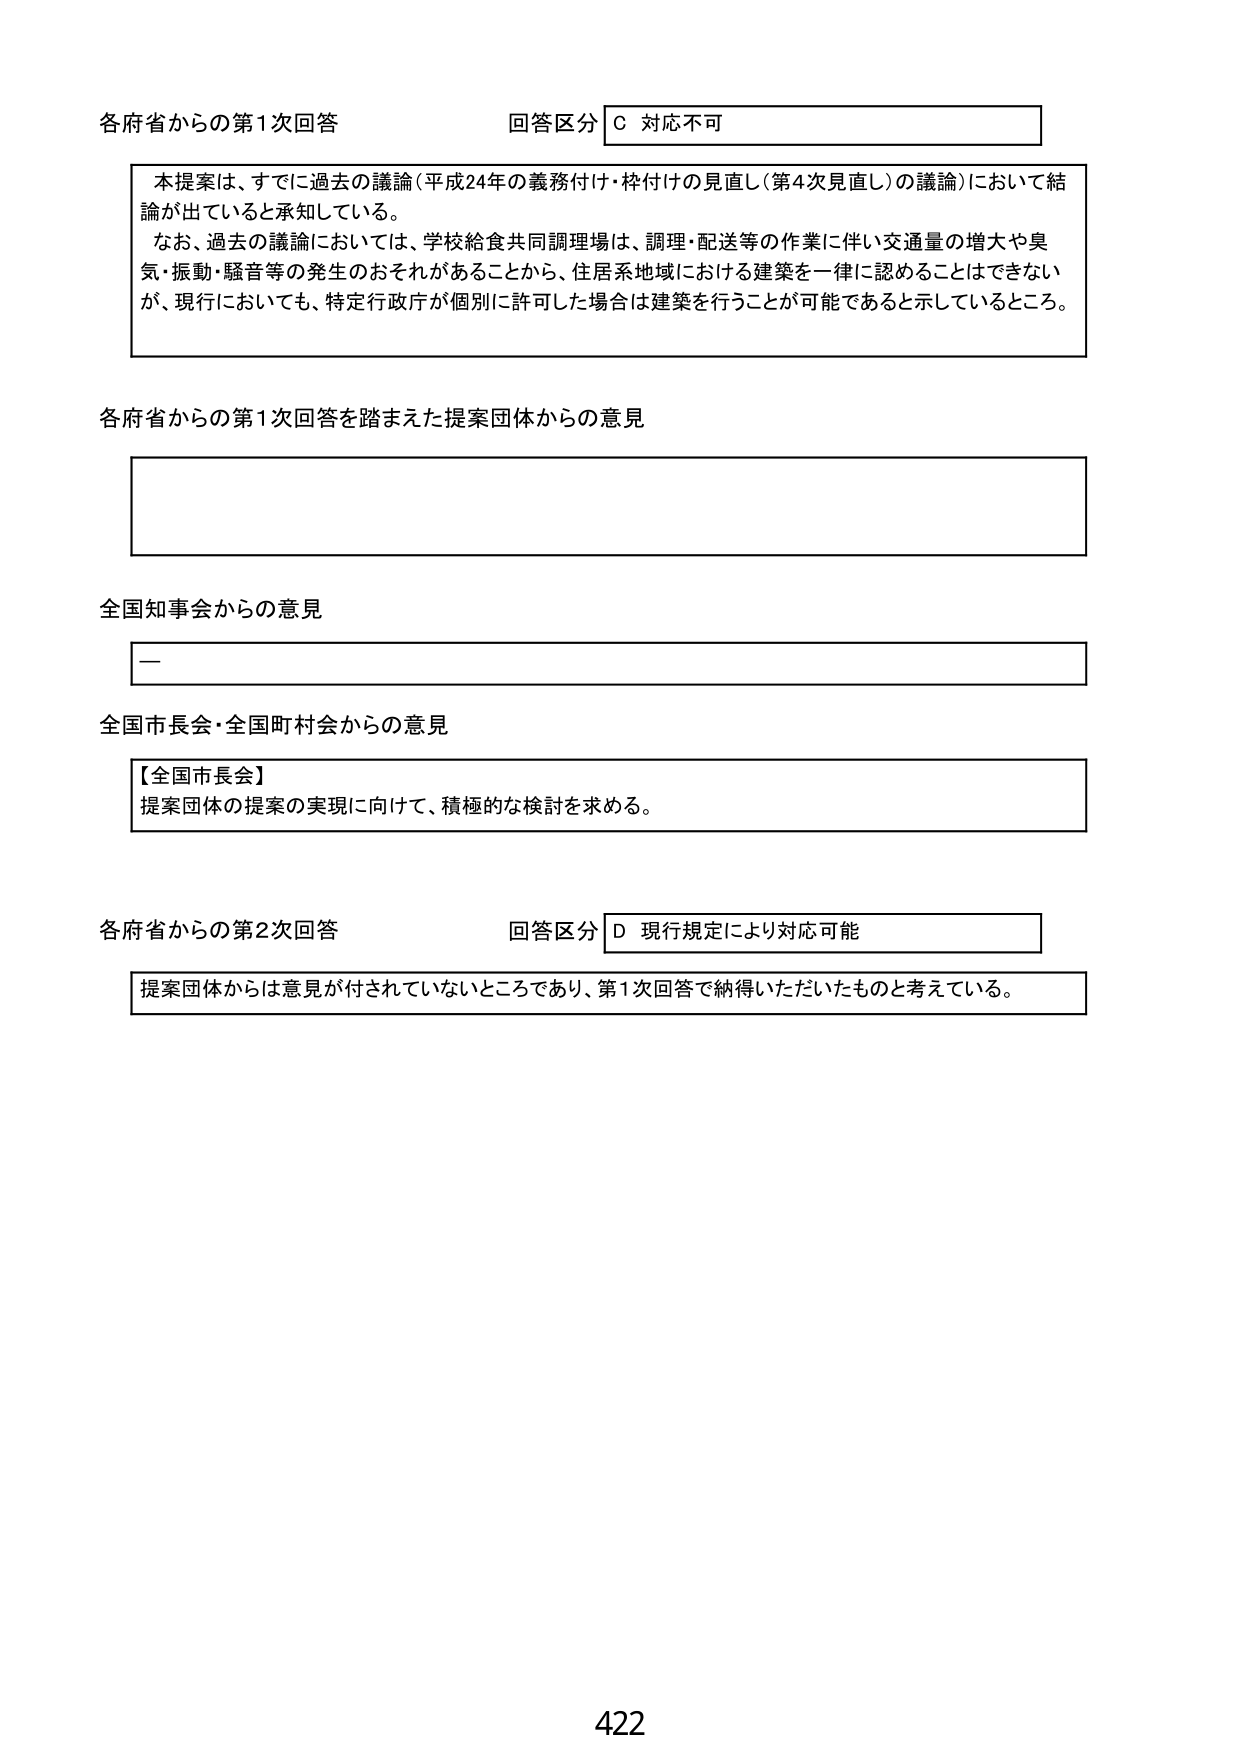
各府省からの第1次回答 回答区分 C 対応不可

本提案は、すでに過去の議論（平成24年の義務付け・枠付けの見直し（第4次見直し）の議論）において結論が出ていると承知している。
なお、過去の議論においては、学校給食共同調理場は、調理・配送等の作業に伴い交通量の増大や臭気・振動・騒音等の発生のおそれがあることから、住居系地域における建築を一律に認めることはできないが、現行においても、特定行政庁が個別に許可した場合は建築を行うことが可能であると示しているところ。

各府省からの第1次回答を踏まえた提案団体からの意見

全国知事会からの意見
－

全国市長会・全国町村会からの意見
【全国市長会】
提案団体の提案の実現に向けて、積極的な検討を求める。

各府省からの第2次回答 回答区分 D 現行規定により対応可能
提案団体からは意見が付されていないところであり、第1次回答で納得いただいたものと考えている。

422